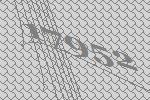
17952